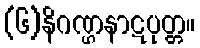
(၆)နိဂဏ္ဌနာဋပုတ္တ။